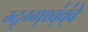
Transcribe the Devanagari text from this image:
ग्द्र्ग्ग्थ्व्॑व्॑वे